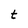
Character: t